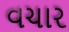
વચાર